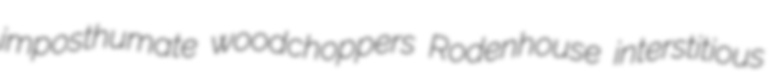
imposthumate woodchoppers Rodenhouse interstitious